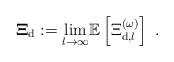
LaTeX: \begin{align*}\mathbf{\Xi }_{\mathrm{d}}:=\underset{l\rightarrow \infty }{\lim }\mathbb{E}\left[ \Xi _{\mathrm{d},l}^{(\omega )}\right] \ . \end{align*}